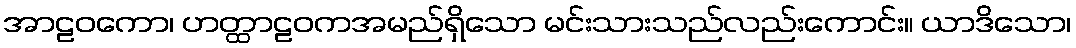
အာဠဝကော၊ ဟတ္ထာဠဝကအမည်ရှိသော မင်းသားသည်လည်းကောင်း။ ယာဒိသော၊